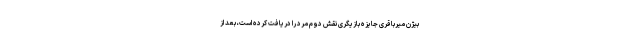
بیژن میرباقری جایزه بازیگری نقش دوم مرد را دریافت کرده است، بعد از